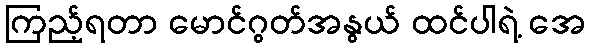
ကြည့်ရတာ မောင်ဂွတ်အနွယ် ထင်ပါရဲ့ အေ